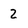
Character: 2